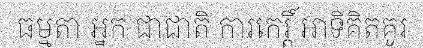
ធម្មតា អ្នក ជាជាតិ ការកេរ្តិ៍ អាទិគិតគូរ